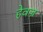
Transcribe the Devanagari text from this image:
हेवज्र